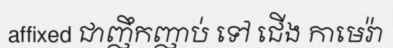
affixed ជាញឹកញាប់ ទៅ ជើង កាមេរ៉ា